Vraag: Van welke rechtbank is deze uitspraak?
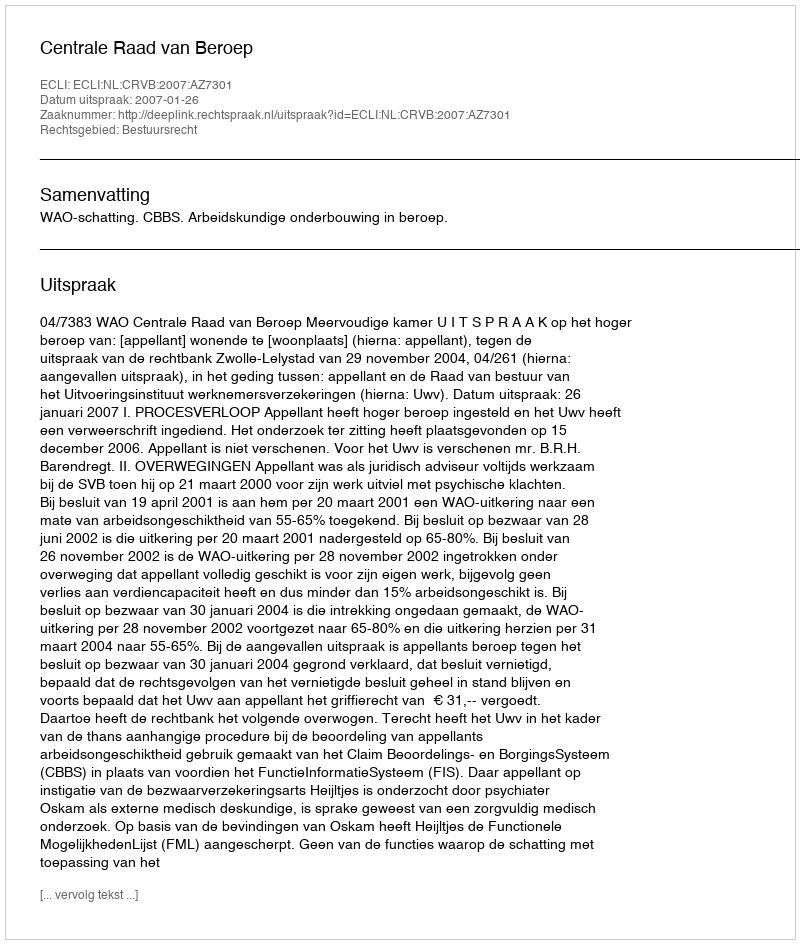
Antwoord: Centrale Raad van Beroep